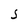
Character: S